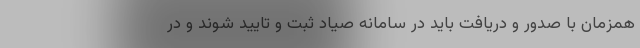
همزمان با صدور و دریافت باید در سامانه صیاد ثبت و تایید شوند و در